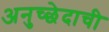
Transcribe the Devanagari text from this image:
अनुच्छेदाची